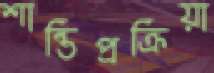
শান্তিপ্রক্রিয়া